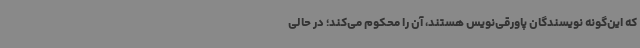
که این‌گونه نویسندگان پاورقی‌نویس هستند، آن را محکوم می‌کند؛ در حالی